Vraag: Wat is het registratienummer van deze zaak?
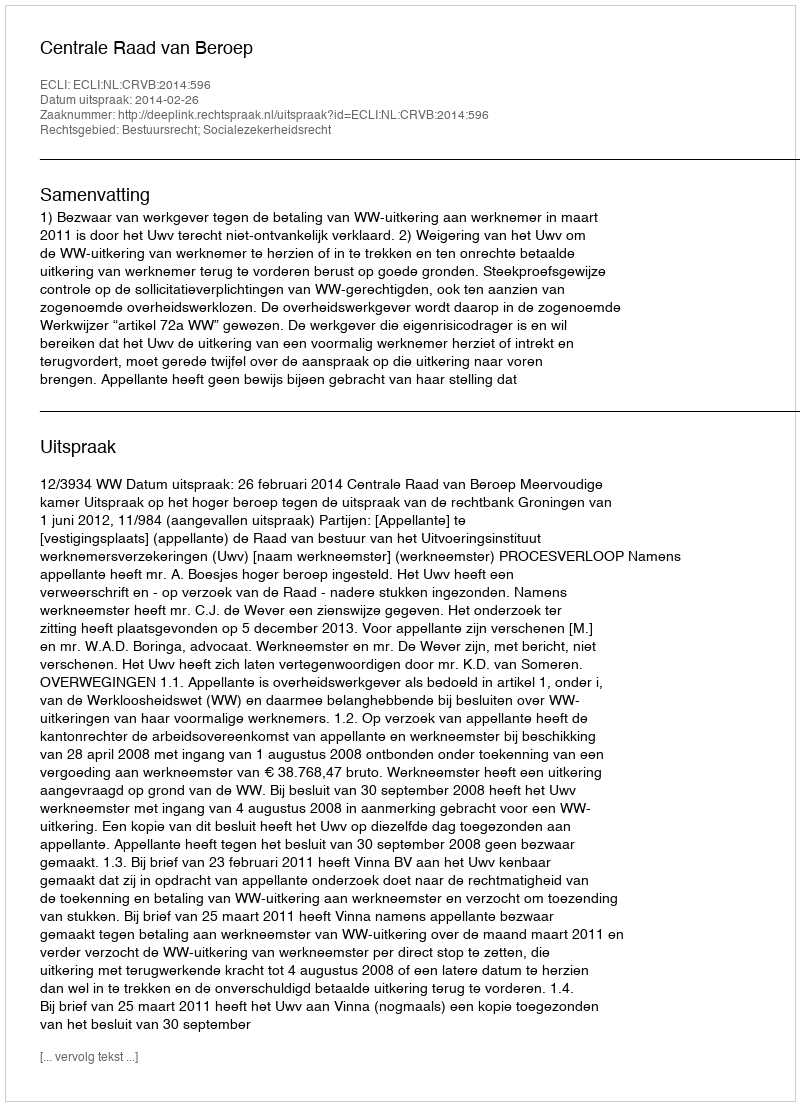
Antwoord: http://deeplink.rechtspraak.nl/uitspraak?id=ECLI:NL:CRVB:2014:596